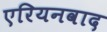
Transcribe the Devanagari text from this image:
एरियनवाद